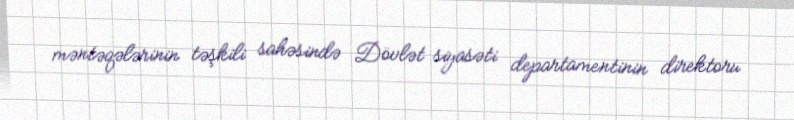
məntəqələrinin təşkili sahəsində Dövlət siyasəti departamentinin direktoru